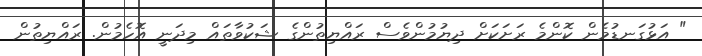
" އަޅުގަނޑުމެން ކޮންމެ ރަށަކަށް ދިޔުމުންވެސް ރައްޔިތުންގެ ޝަކުވާތައް މިދަނީ އޮހެމުން. ރައްޔިތުން